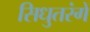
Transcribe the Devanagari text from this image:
सिधुतरंगें